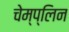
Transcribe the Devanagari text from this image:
चेम्प्लिन